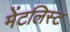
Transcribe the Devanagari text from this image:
मेंटलिस्ट